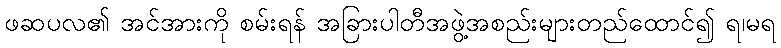
ဖဆပလ၏ အင်အားကို စမ်းရန် အခြားပါတီအဖွဲ့အစည်းများတည်ထောင်၍ ရ၊မရ